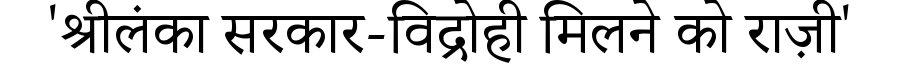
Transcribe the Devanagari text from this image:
'श्रीलंका सरकार-विद्रोही मिलने को राज़ी'